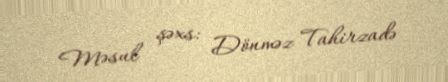
Məsul şəxs: Dönməz Tahirzadə